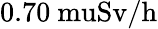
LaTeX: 0.70\mathrm{\ mu{Sv/h}}